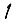
Digit: 1